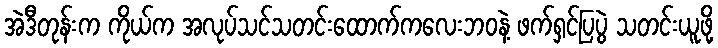
အဲဒီတုန်းက ကိုယ်က အလုပ်သင်သတင်းထောက်ကလေးဘဝနဲ့ ဖက်ရှင်ပြပွဲ သတင်းယူဖို့